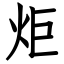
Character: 炬